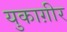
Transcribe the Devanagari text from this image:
युकाग़ीर